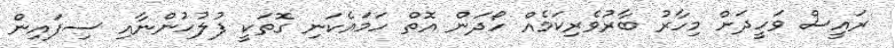
ރައީސް ވަހީދަށް މިހާރު ބާރުވެރިކަމެއް ހޯދަން އޮތް ހަމައެކަނި ގޮތަކީ ފުލުހުންނާއި ސިފައިން